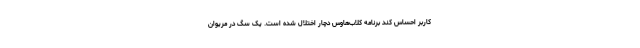
کاربر احساس کند برنامه کلاب‌هاوس دچار اختلال شده است. یک سگ در مریوان